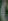
)